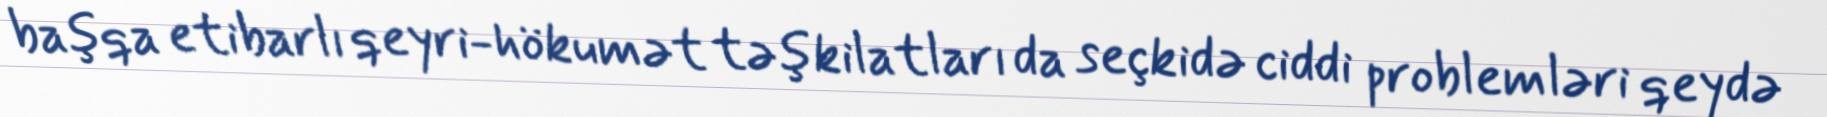
başqa etibarlı qeyri-hökumət təşkilatları da seçkidə ciddi problemləri qeydə